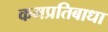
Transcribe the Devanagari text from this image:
कमप्रतिबाधा